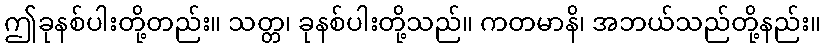
ဤခုနစ်ပါးတို့တည်း။ သတ္တ၊ ခုနစ်ပါးတို့သည်။ ကတမာနိ၊ အဘယ်သည်တို့နည်း။